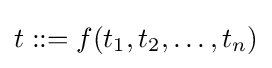
t::=f(t_{1},t_{2},\dots ,t_{n})